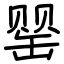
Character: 罂